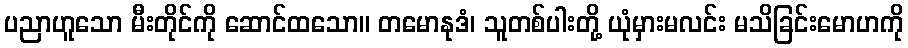
ပညာဟူသော မီးတိုင်ကို ဆောင်ထသော။ တမောနုဒံ၊ သူတစ်ပါးတို့ ယုံမှားမလင်း မသိခြင်းမောဟကို